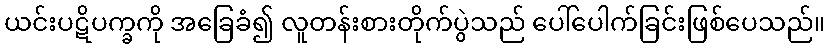
ယင်းပဋိပက္ခကို အခြေခံ၍ လူတန်းစားတိုက်ပွဲသည် ပေါ်ပေါက်ခြင်းဖြစ်ပေသည်။